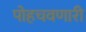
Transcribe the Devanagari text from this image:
पोहचवणारी